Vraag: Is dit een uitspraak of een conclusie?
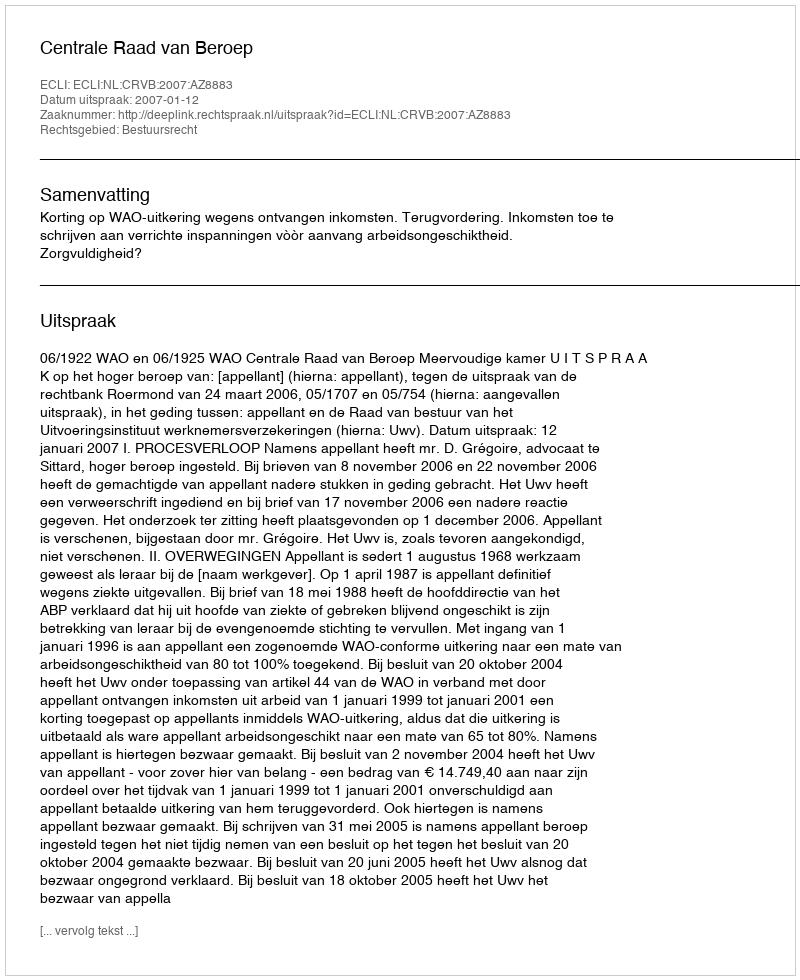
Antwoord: Uitspraak